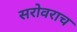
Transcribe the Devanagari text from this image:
सरोवराच